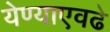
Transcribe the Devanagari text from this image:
येण्याएवढे